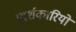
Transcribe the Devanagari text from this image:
प्रदर्शकारियों